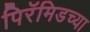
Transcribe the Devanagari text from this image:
पिरॅमिडच्या